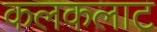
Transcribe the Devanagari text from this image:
कलकलाट